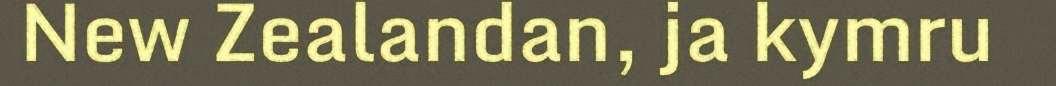
New Zealandan, ja kymru